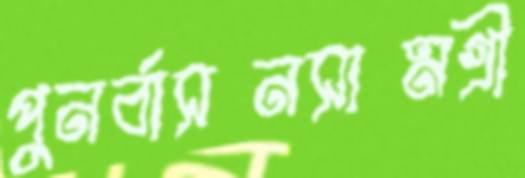
পুনর্বাসনসামগ্রী